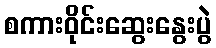
စကားဝိုင်းဆွေးနွေးပွဲ